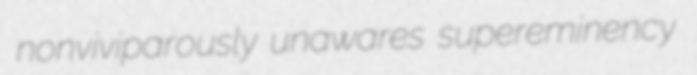
nonviviparously unawares supereminency